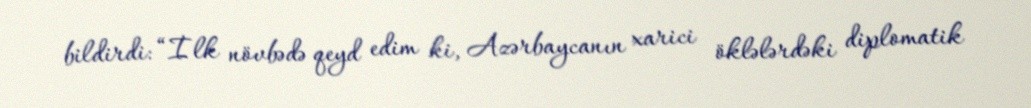
bildirdi: “İlk növbədə qeyd edim ki, Azərbaycanın xarici öklələrdəki diplomatik